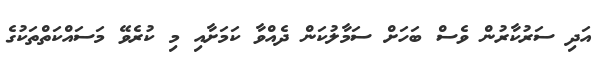
އަދި ސަރުކާރުން ވެސް ބަހަށް ސަމާލުކަން ދެއްވާ ކަމަށާއި މި ކުރެވޭ މަސައްކަތްތަކުގެ